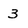
Character: 3